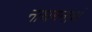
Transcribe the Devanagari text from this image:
नाथमनाथं